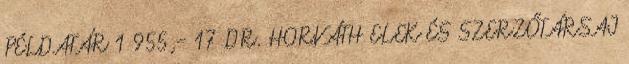
PÉLDATÁR 1 955,- 17 DR. HORVÁTH ELEK ÉS SZERZŐTÁRSAI